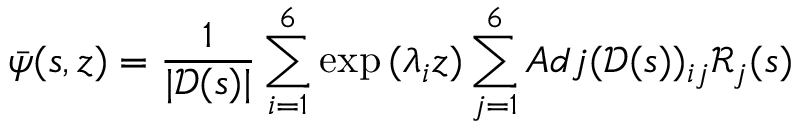
\bar { \psi } ( s , z ) = \frac { 1 } { | \mathscr { D } ( s ) | } \sum _ { i = 1 } ^ { 6 } \exp { ( \lambda _ { i } z ) } \sum _ { j = 1 } ^ { 6 } A d j ( \mathscr { D } ( s ) ) _ { i j } \mathscr { R } _ { j } ( s )